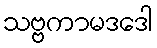
သဗ္ဗကာမဒဒေါ